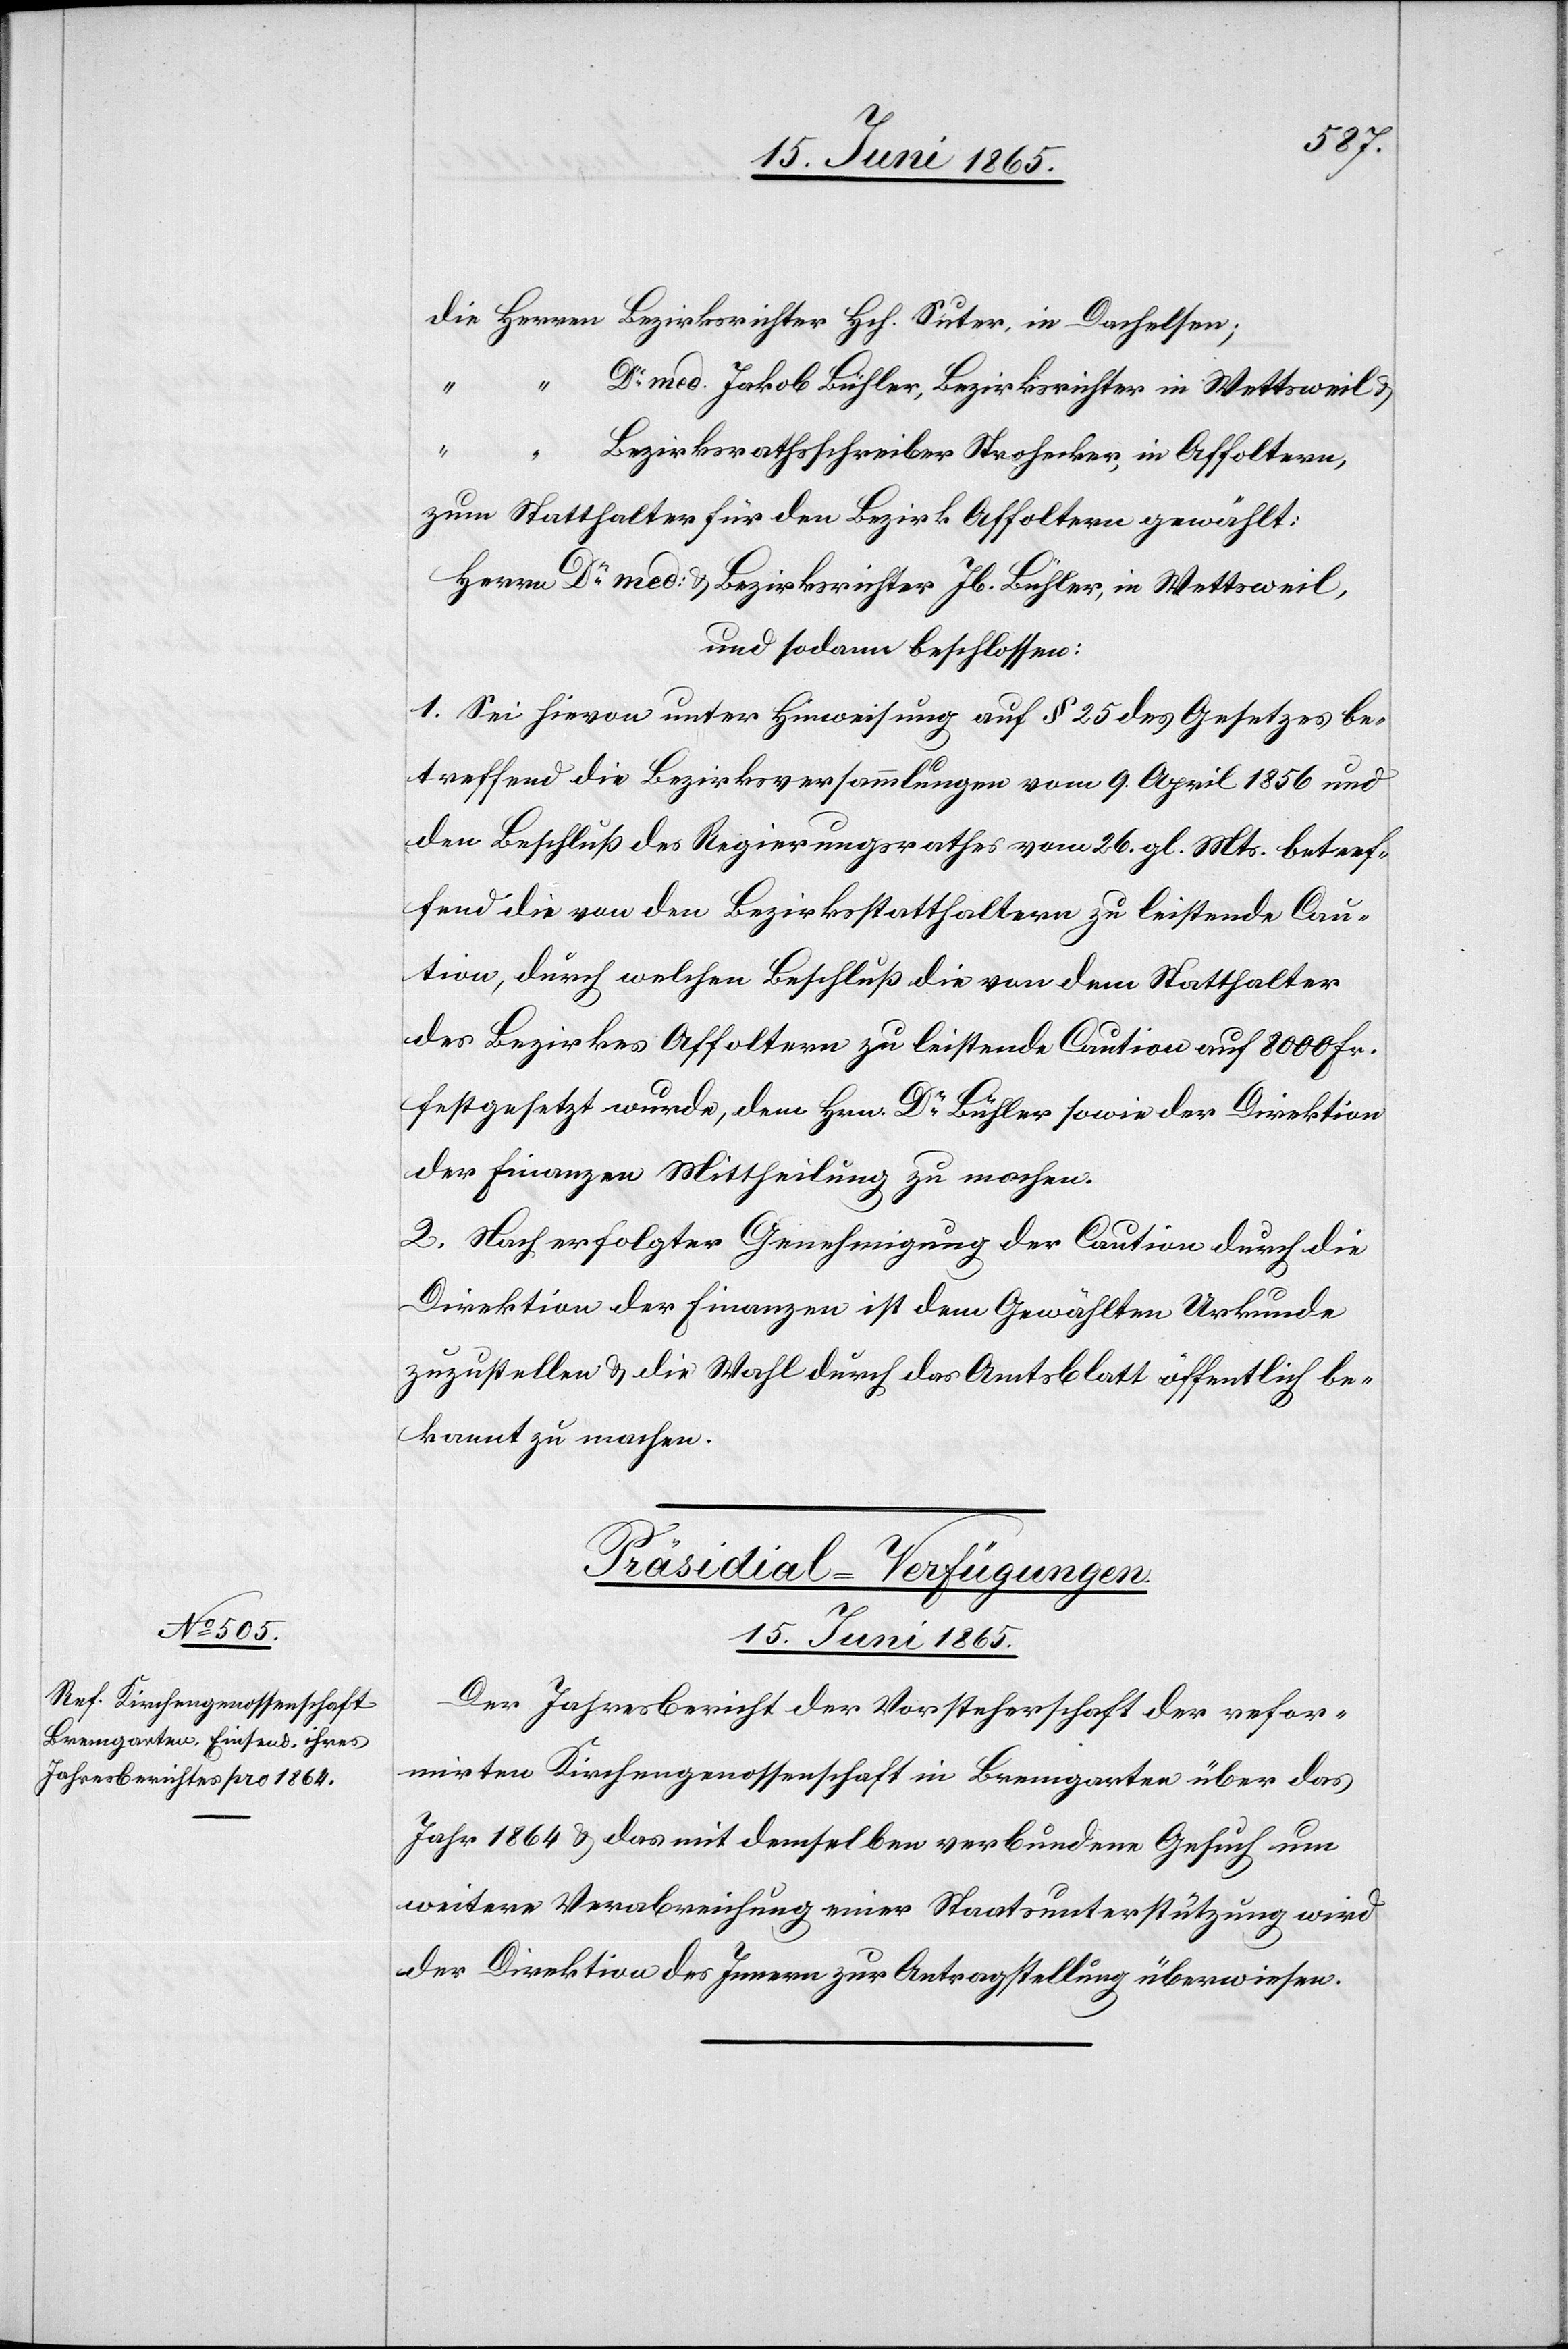
Die Herren	Bezirksrichter Hch. Suter, in Dachelsen;
“
med. Jakob Bühler, Bezirksrichter in Wettsweil &
“		Bezirksrathsschreiber Strohecker, in Affoltern,
zum Statthalter für den Bezirk Affoltern gewählt:
Herrn Dr med: & Bezirksrichter Jb. Bühler, in Wettsweil,
und sodann beschlossen:
1. Sei hievon unter Hinweisung auf § 25 des Gesetzes be¬
treffend die Bezirksversammlungen vom 9. April 1856 und
den Beschluß des Regierungsrathes vom 26. gl. Mts. betref¬
fend die von den Bezirksstatthaltern zu leistende Cau¬
tion, durch welchen Beschluß die von dem Statthalter
des Bezirkes Affoltern zu leistende Caution auf 8000 Fr.
festgesetzt wurde, dem Hrn. Dr Bühler sowie der Direktion
der Finanzen Mittheilung zu machen.
2. Nach erfolgter Genehmigung der Caution durch die
Direktion der Finanzen ist dem Gewählten Urkunde
zuzustellen & die Wahl durch das Amtsblatt öffentlich be¬
kannt zu machen.
Präsidial-Verfügungen.
15. Juni 1865.
Der Jahresbericht der Vorsteherschaft der refor¬
mirten Kirchengenossenschaft in Bremgarten über das
Jahr 1864 & das mit demselben verbundene Gesuch um
weitere Verabreichung einer Staatsunterstützung wird
der Direktion des Innern zur Antragstellung überwiesen.